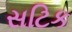
સટિક